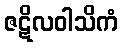
ဇဋိလဝါသိကံ